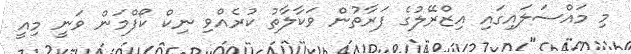
މި މައްސަލައިގައި އިޒްރޭލުގެ ފަރާތުން ވަކާލާތު ކުރެެއްވި ނިކް ކޯފްމަން ވަނީ މިއީ